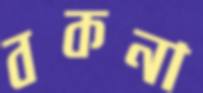
বকনা